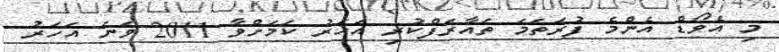
މި އެވޯޑް އެންމެ ފުރަތަމަ ތައާރަފްކުރި އަހަރު ކަމަށްވާ 2011 ވަނަ އަހަރު